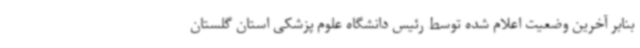
بنابر آخرین وضعیت اعلام شده توسط رئیس دانشگاه علوم پزشکی استان گلستان